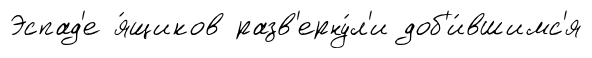
Эспад'е я́щиков разв'ерну́л'и доб'и́вшимс'я